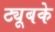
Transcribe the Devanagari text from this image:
ट्यूबके